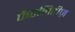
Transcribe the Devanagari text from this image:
फैटलिटीज़